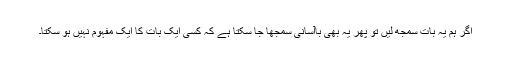
اگر ہم یہ بات سمجھ لیں تو پھر یہ بھی باآسانی سمجھا جا سکتا ہے کہ کسی ایک بات کا ایک مفہوم نہیں ہو سکتا۔